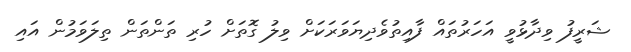
ޝަރީފު ވިދާޅުވީ އަހަރުތައް ފާއިތުވެދިޔަވަރަކަށް ވިލު ގޮތަށް ހުރި ތަންތަން ތިލަވަމުން އައި